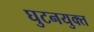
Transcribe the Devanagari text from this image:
घुटनयुक्त